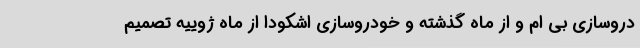
دروسازی بی ام و از ماه گذشته و خودروسازی اشکودا از ماه ژوییه تصمیم